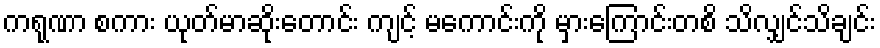
ကရုဏာ စကား ယုတ်မာဆိုးတောင်း ကျင့် မကောင်းကို မှားကြောင်းတစိ သိလျှင်သိချင်း